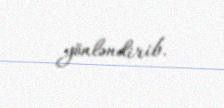
yönləndirib.